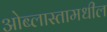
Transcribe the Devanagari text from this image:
ओब्लास्तामधील